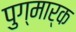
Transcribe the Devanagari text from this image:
पुग्मार्क